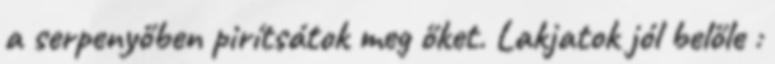
a serpenyőben pirítsátok meg őket. Lakjatok jól belőle :